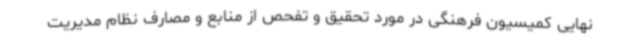
نهایی کمیسیون فرهنگی در مورد تحقیق و تفحص از منابع و مصارف نظام مدیریت